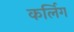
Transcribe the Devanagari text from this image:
कर्लिग